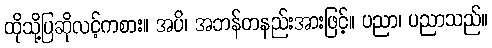
ထိုသို့ပြဆိုလင့်ကစား။ အပိ၊ အဘန်တနည်းအားဖြင့်။ ပညာ၊ ပညာသည်။